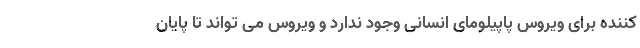
کننده برای ویروس پاپیلومای انسانی وجود ندارد و ویروس می تواند تا پایان